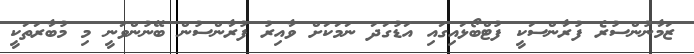
ޒަމާނުންސުރެ ފުރާންސަކީ ފުޓްބޯޅައިގައި އަޑުގަދަ ނަމަކަށް ވާއިރު ފުރާންސުން ބޭނުންވަނީ މި މުބާރަތަކީ